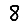
Digit: 8